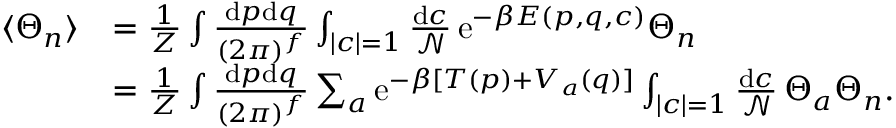
\begin{array} { r l } { \langle \Theta _ { n } \rangle } & { = \frac { 1 } { Z } \int \frac { \mathrm { d } p \mathrm { d } q } { ( 2 \pi ) ^ { f } } \int _ { | c | = 1 } \frac { \mathrm { d } c } { \mathcal { N } } \, \mathrm { e } ^ { - \beta E ( p , q , c ) } \Theta _ { n } } \\ & { = \frac { 1 } { Z } \int \frac { \mathrm { d } p \mathrm { d } q } { ( 2 \pi ) ^ { f } } \sum _ { a } \mathrm { e } ^ { - \beta [ T ( p ) + V _ { a } ( q ) ] } \int _ { | c | = 1 } \frac { \mathrm { d } c } { \mathcal { N } } \, \Theta _ { a } \Theta _ { n } . } \end{array}